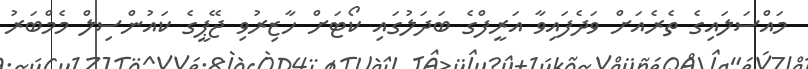
މައްސަލައިގެ ތެރެއަށް ވަދެފައިވާ އަރީފްގެ ބަދަލުގައި ކޯޓަށް ހާޒިރުވި ޖޭޕީގެ ކައުންސިލް މެމްބަރު